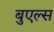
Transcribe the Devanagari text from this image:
बुएल्स